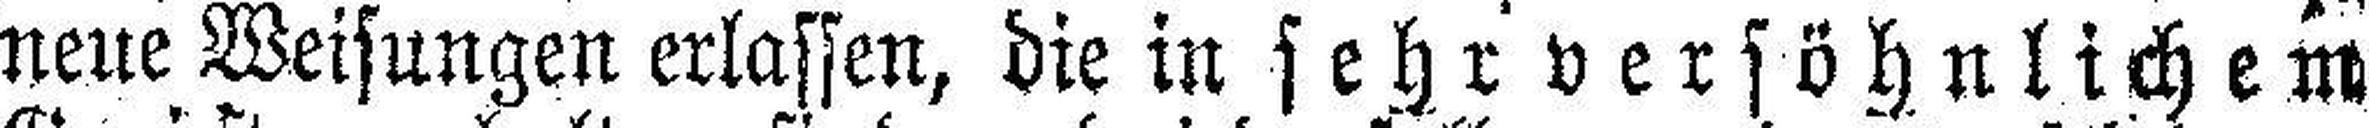
neue Weisungen erlassen, die in sehr versöhnlichem